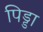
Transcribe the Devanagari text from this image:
पिड्डा